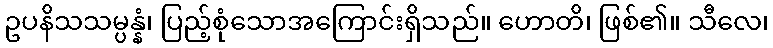
ဥပနိသသမ္ပန္နံ၊ ပြည့်စုံသောအကြောင်းရှိသည်။ ဟောတိ၊ ဖြစ်၏။ သီလေ၊